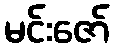
မင်းဇော်